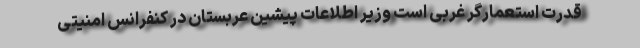
قدرت استعمارگر غربی است وزیر اطلاعات پیشین عربستان در کنفرانس امنیتی